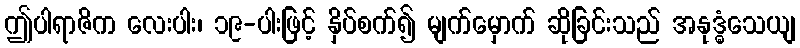
ဤပါရာဇိက လေးပါး၊ ၁၉-ပါးဖြင့် နှိပ်စက်၍ မျက်မှောက် ဆိုခြင်းသည် အနုဒ္ဓံသေယျ